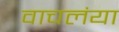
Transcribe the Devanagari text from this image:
वाचलंया